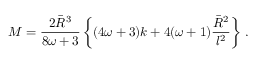
M = { \frac { 2 \bar { \cal R } ^ { 3 } } { 8 \omega + 3 } } \left\{ ( 4 \omega + 3 ) k + 4 ( \omega + 1 ) { \frac { \bar { \cal R } ^ { 2 } } { l ^ { 2 } } } \right\} \, .